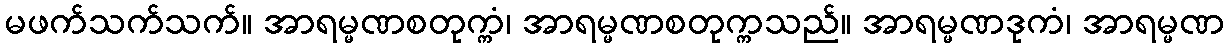
မဖက်သက်သက်။ အာရမ္မဏစတုက္ကံ၊ အာရမ္မဏစတုက္ကသည်။ အာရမ္မဏဒုကံ၊ အာရမ္မဏ